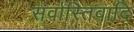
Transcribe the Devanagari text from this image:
सर्वास्तिवादि